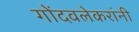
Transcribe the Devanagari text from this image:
गोंदवलेकरांनी